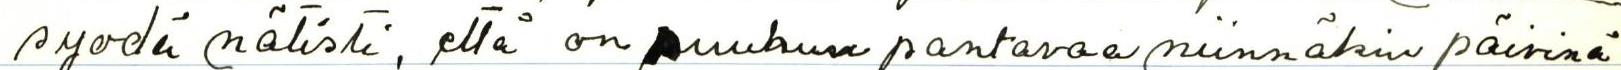
syödä nätisti, että on suuhun pantavaa niinnäkin päivinä